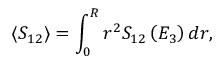
\langle S _ { 1 2 } \rangle = \int _ { 0 } ^ { R } r ^ { 2 } S _ { 1 2 } \left( E _ { 3 } \right) d r ,